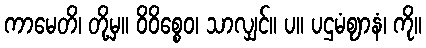
ကာမေတိ၊ တို့မှ။ ဝိဝိစ္စေဝ၊ သာလျှင်။ ပ။ ပဌမံဈာနံ၊ ကို။